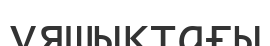
ұяшықтағы